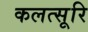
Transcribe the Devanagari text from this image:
कलत्सूरि